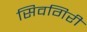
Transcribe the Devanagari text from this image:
सिवगिरी